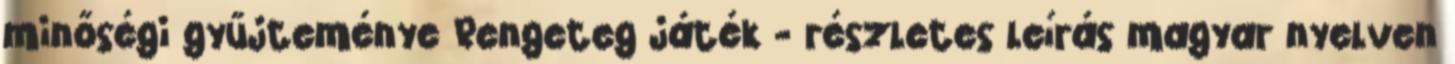
minőségi gyűjteménye Rengeteg játék - részletes leírás magyar nyelven